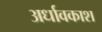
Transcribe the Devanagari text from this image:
अर्धावकाश